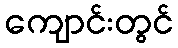
ကျောင်းတွင်